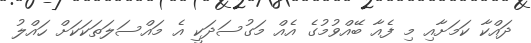
ދައްކާ ކަމަށާއި މި ފެއާ ބޭއްވުމުގެ އެއް މަގުސަދަކީ އެ މައްސަލަތަކަކަށް ހައްލު